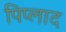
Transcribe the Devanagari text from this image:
पिप्लाद